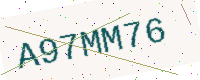
Text: A97MM76